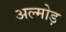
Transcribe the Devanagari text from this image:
अल्मोड़